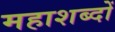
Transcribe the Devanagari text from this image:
महाशब्दों